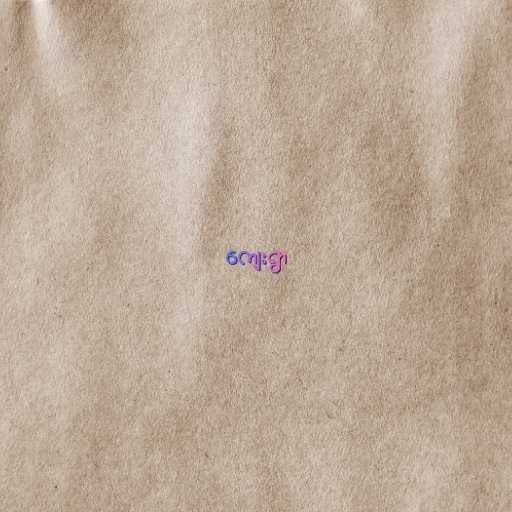
ကျေးရွာ